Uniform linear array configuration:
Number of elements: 12
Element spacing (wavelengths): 1
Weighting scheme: kaiser
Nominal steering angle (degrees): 30
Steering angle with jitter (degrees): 29.588
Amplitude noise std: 0.05
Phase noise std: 0.05

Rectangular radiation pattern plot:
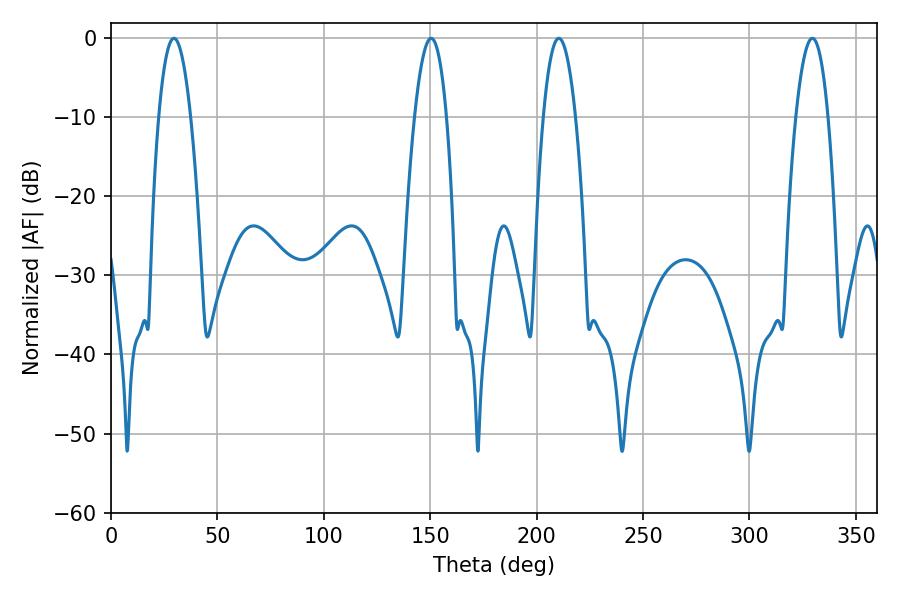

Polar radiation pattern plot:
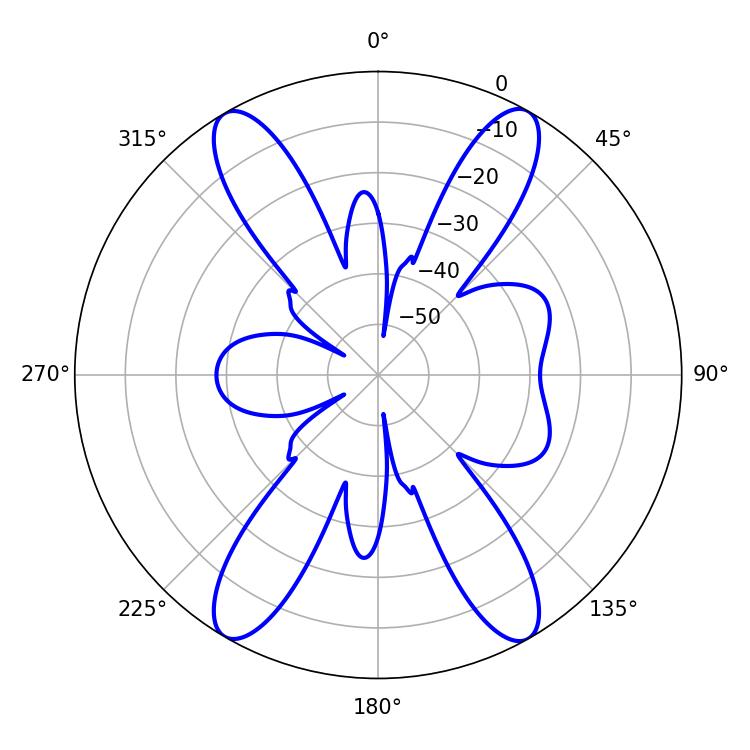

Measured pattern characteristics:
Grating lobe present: TRUE
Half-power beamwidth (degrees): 8.46
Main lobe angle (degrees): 210.42